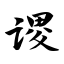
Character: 谡